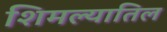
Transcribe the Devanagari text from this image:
शिमल्यातिल